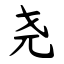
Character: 尧